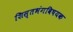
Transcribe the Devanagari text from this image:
शिस्तभंगविषयक